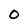
Character: 0